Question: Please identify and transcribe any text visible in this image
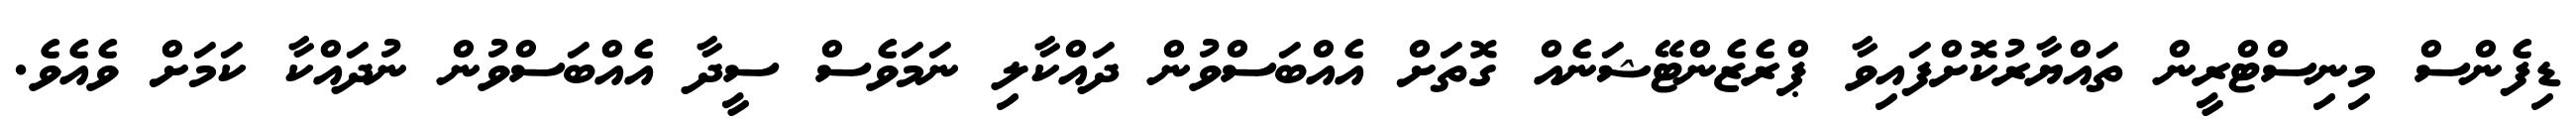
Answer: ޑިފެންސް މިނިސްޓްރީން ތައްޔާރުކޮށްފައިވާ ޕްރެޒެންޓޭޝަނެއް ގޮތަށް އެއްބަސްވުން ދައްކާލި ނަމަވެސް ސީދާ އެއްބަސްވުން ނުދައްކާ ކަމަށް ވެއެވެ.